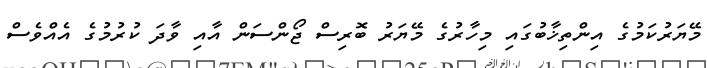
މޭޔަރުކަމުގެ އިންތިޚާބުގައި މިހާރުގެ މޭޔަރު ބޮރިސް ޖޯންސަން އާއި ވާދަ ކުރުމުގެ އެއްވެސް